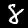
Digit: 8